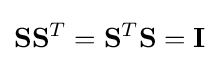
\mathbf {S} \mathbf {S} ^{T}=\mathbf {S} ^{T}\mathbf {S} =\mathbf {I}